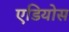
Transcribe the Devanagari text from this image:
एडियोस